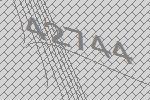
42744